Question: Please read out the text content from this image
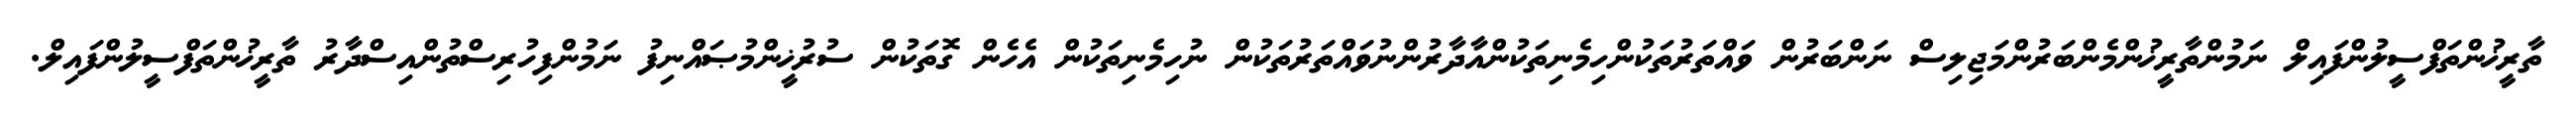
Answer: ތާރީޚުންތަފްސީލުންފައިލް ނަމުންތާރީޚުންމެންބަރުންމަޖިލިސް ނަންބަރުން ވައްތަރުތަކުންހިމެނިތަކުންއާދާރުންނުވައްތަރުތަކުން ނުހިމެނިތަކުން އެހެން ގޮތަކުން ސުރުޚީންމުޞައްނިފު ނަމުންފިހުރިސްތުންއިސްދާރު ތާރީޚުންތަފްސީލުންފައިލް.